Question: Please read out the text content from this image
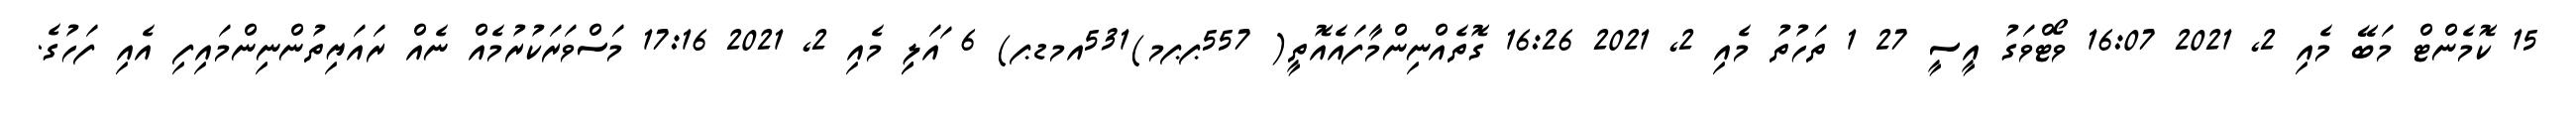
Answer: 15 ކޮމެންޓް މަބޭ މެއި 2, 2021 16:07 ވޯޓްވަގު އީސީ 27 1 ތަހުތު މެއި 2, 2021 16:26 ގޮތެއްނިންމާފައެއޮތީ( 557ޕޕމ)531އމޑޕ) 6 ައަލިި މެއި 2, 2021 17:16 މަސްވަރަކުރުމެއް ނެއް ރައަޔިތުންނިންމައިފި އެއި ފަހުގެ.